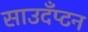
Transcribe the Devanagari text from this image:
साउदँप्टन